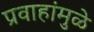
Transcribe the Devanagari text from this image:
प्रवाहांमुळे